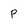
Character: P